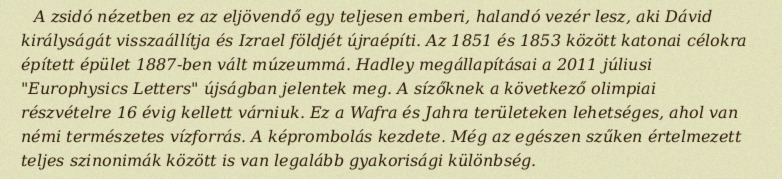
A zsidó nézetben ez az eljövendő egy teljesen emberi, halandó vezér lesz, aki Dávid királyságát visszaállítja és Izrael földjét újraépíti. Az 1851 és 1853 között katonai célokra épített épület 1887-ben vált múzeummá. Hadley megállapításai a 2011 júliusi "Europhysics Letters" újságban jelentek meg. A sízőknek a következő olimpiai részvételre 16 évig kellett várniuk. Ez a Wafra és Jahra területeken lehetséges, ahol van némi természetes vízforrás. A képrombolás kezdete. Még az egészen szűken értelmezett teljes szinonimák között is van legalább gyakorisági különbség.